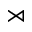
\rtimes